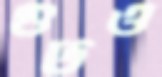
গুটও